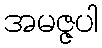
အမဇ္ဇပါ